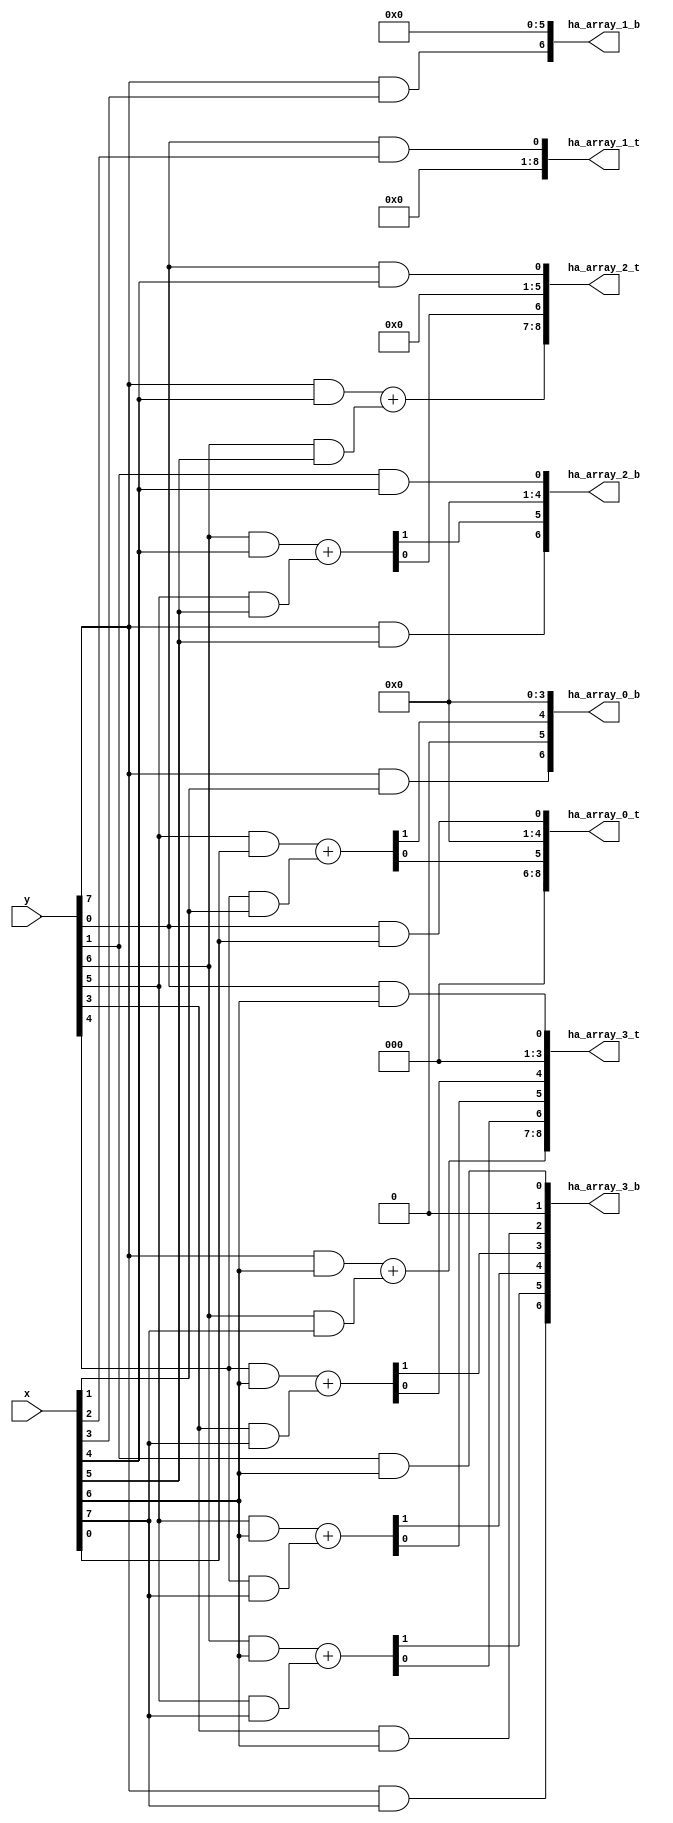
// MSE: 2217816
// MAE: 1243

module  unsigned_mul_8x8_vivado_opt_0p8_log_2_pareto_177 (
  input [7:0] x,
  input [7:0] y,
  output [6:0] ha_array_0_b,
  output [8:0] ha_array_0_t,
  output [6:0] ha_array_1_b,
  output [8:0] ha_array_1_t,
  output [6:0] ha_array_2_b,
  output [8:0] ha_array_2_t,
  output [6:0] ha_array_3_b,
  output [8:0] ha_array_3_t
);

  assign index_16 = y[6] & x[1];
  assign index_17 = y[7] & x[1];
  assign index_18 = y[0] & x[2];
  assign index_19 = y[1] & x[2];
  assign index_20 = y[2] & x[2];
  assign index_21 = y[3] & x[2];
  assign index_22 = y[4] & x[2];
  assign index_23 = y[5] & x[2];
  assign index_24 = y[6] & x[2];
  assign index_25 = y[7] & x[2];
  assign index_26 = y[0] & x[3];
  assign index_27 = y[1] & x[3];
  assign index_28 = y[2] & x[3];
  assign index_29 = y[3] & x[3];
  assign index_30 = y[4] & x[3];
  assign index_31 = y[5] & x[3];
  assign index_32 = y[6] & x[3];
  assign index_33 = y[7] & x[3];
  assign index_34 = y[0] & x[4];
  assign index_35 = y[1] & x[4];
  assign index_36 = y[2] & x[4];
  assign index_37 = y[3] & x[4];
  assign index_38 = y[4] & x[4];
  assign index_39 = y[5] & x[4];
  assign index_40 = y[6] & x[4];
  assign index_41 = y[7] & x[4];
  assign index_42 = y[0] & x[5];
  assign index_43 = y[1] & x[5];
  assign index_44 = y[2] & x[5];
  assign index_45 = y[3] & x[5];
  assign index_46 = y[4] & x[5];
  assign index_47 = y[5] & x[5];
  assign index_48 = y[6] & x[5];
  assign index_49 = y[7] & x[5];
  assign index_50 = y[0] & x[6];
  assign index_51 = y[1] & x[6];
  assign index_52 = y[2] & x[6];
  assign index_53 = y[3] & x[6];
  assign index_54 = y[4] & x[6];
  assign index_55 = y[5] & x[6];
  assign index_56 = y[6] & x[6];
  assign index_57 = y[7] & x[6];
  assign index_58 = y[0] & x[7];
  assign index_59 = y[1] & x[7];
  assign index_60 = y[2] & x[7];
  assign index_61 = y[3] & x[7];
  assign index_62 = y[4] & x[7];
  assign index_63 = y[5] & x[7];
  assign index_64 = y[6] & x[7];
  assign index_65 = y[7] & x[7];
  assign index_66 = y[0] & x[0];
  assign index_67 = y[1] & x[0];
  assign index_68 = y[2] & x[0];
  assign index_69 = y[3] & x[0];
  assign index_70 = y[4] & x[0];
  assign index_71 = y[5] & x[0];
  assign index_72 = y[6] & x[0];
  assign index_73 = y[7] & x[0];
  assign index_74 = y[0] & x[1];
  assign index_75 = y[1] & x[1];
  assign index_76 = y[2] & x[1];
  assign index_77 = y[3] & x[1];
  assign index_78 = y[4] & x[1];
  assign index_79 = y[5] & x[1];

  // eliminate
  assign index_80 = 1'b0;
  assign index_81 = 1'b0;

  // eliminate
  assign index_82 = 1'b0;
  assign index_83 = 1'b0;

  // eliminate
  assign index_84 = 1'b0;
  assign index_85 = 1'b0;

  // eliminate
  assign index_86 = 1'b0;
  assign index_87 = 1'b0;

  // $ha
  assign { index_88, index_89 } = index_71 + index_78;

  // eliminate
  assign index_90 = 1'b0;
  assign index_91 = 1'b0;

  // eliminate
  assign index_92 = 1'b0;
  assign index_93 = 1'b0;

  // eliminate
  assign index_94 = 1'b0;
  assign index_95 = 1'b0;

  // eliminate
  assign index_96 = 1'b0;
  assign index_97 = 1'b0;

  // eliminate
  assign index_98 = 1'b0;
  assign index_99 = 1'b0;

  // eliminate
  assign index_100 = 1'b0;
  assign index_101 = 1'b0;

  // eliminate
  assign index_102 = 1'b0;
  assign index_103 = 1'b0;

  // eliminate
  assign index_104 = 1'b0;
  assign index_105 = 1'b0;

  // eliminate
  assign index_106 = 1'b0;
  assign index_107 = 1'b0;

  // only A carry
  assign index_108 = index_35;
  assign index_109 = 1'b0;

  // eliminate
  assign index_110 = 1'b0;
  assign index_111 = 1'b0;

  // eliminate
  assign index_112 = 1'b0;
  assign index_113 = 1'b0;

  // eliminate
  assign index_114 = 1'b0;
  assign index_115 = 1'b0;

  // eliminate
  assign index_116 = 1'b0;
  assign index_117 = 1'b0;

  // $ha
  assign { index_118, index_119 } = index_40 + index_47;

  // $ha
  assign { index_120, index_121 } = index_41 + index_48;

  // only A carry
  assign index_122 = index_51;
  assign index_123 = 1'b0;

  // eliminate
  assign index_124 = 1'b0;
  assign index_125 = 1'b0;

  // only A carry
  assign index_126 = index_53;
  assign index_127 = 1'b0;

  // $ha
  assign { index_128, index_129 } = index_54 + index_61;

  // $ha
  assign { index_130, index_131 } = index_55 + index_62;

  // $ha
  assign { index_132, index_133 } = index_56 + index_63;

  // $ha
  assign { index_134, index_135 } = index_57 + index_64;

  assign ha_array_0_b[0] = index_80;
  assign ha_array_0_b[1] = index_82;
  assign ha_array_0_b[2] = index_84;
  assign ha_array_0_b[3] = index_86;
  assign ha_array_0_b[4] = index_88;
  assign ha_array_0_b[5] = index_90;
  assign ha_array_0_b[6] = index_17;
  assign ha_array_0_t[0] = index_66;
  assign ha_array_0_t[1] = index_81;
  assign ha_array_0_t[2] = index_83;
  assign ha_array_0_t[3] = index_85;
  assign ha_array_0_t[4] = index_87;
  assign ha_array_0_t[5] = index_89;
  assign ha_array_0_t[6] = index_91;
  assign ha_array_0_t[7] = index_93;
  assign ha_array_0_t[8] = index_92;
  assign ha_array_1_b[0] = index_94;
  assign ha_array_1_b[1] = index_96;
  assign ha_array_1_b[2] = index_98;
  assign ha_array_1_b[3] = index_100;
  assign ha_array_1_b[4] = index_102;
  assign ha_array_1_b[5] = index_104;
  assign ha_array_1_b[6] = index_33;
  assign ha_array_1_t[0] = index_18;
  assign ha_array_1_t[1] = index_95;
  assign ha_array_1_t[2] = index_97;
  assign ha_array_1_t[3] = index_99;
  assign ha_array_1_t[4] = index_101;
  assign ha_array_1_t[5] = index_103;
  assign ha_array_1_t[6] = index_105;
  assign ha_array_1_t[7] = index_107;
  assign ha_array_1_t[8] = index_106;
  assign ha_array_2_b[0] = index_108;
  assign ha_array_2_b[1] = index_110;
  assign ha_array_2_b[2] = index_112;
  assign ha_array_2_b[3] = index_114;
  assign ha_array_2_b[4] = index_116;
  assign ha_array_2_b[5] = index_118;
  assign ha_array_2_b[6] = index_49;
  assign ha_array_2_t[0] = index_34;
  assign ha_array_2_t[1] = index_109;
  assign ha_array_2_t[2] = index_111;
  assign ha_array_2_t[3] = index_113;
  assign ha_array_2_t[4] = index_115;
  assign ha_array_2_t[5] = index_117;
  assign ha_array_2_t[6] = index_119;
  assign ha_array_2_t[7] = index_121;
  assign ha_array_2_t[8] = index_120;
  assign ha_array_3_b[0] = index_122;
  assign ha_array_3_b[1] = index_124;
  assign ha_array_3_b[2] = index_126;
  assign ha_array_3_b[3] = index_128;
  assign ha_array_3_b[4] = index_130;
  assign ha_array_3_b[5] = index_132;
  assign ha_array_3_b[6] = index_65;
  assign ha_array_3_t[0] = index_50;
  assign ha_array_3_t[1] = index_123;
  assign ha_array_3_t[2] = index_125;
  assign ha_array_3_t[3] = index_127;
  assign ha_array_3_t[4] = index_129;
  assign ha_array_3_t[5] = index_131;
  assign ha_array_3_t[6] = index_133;
  assign ha_array_3_t[7] = index_135;
  assign ha_array_3_t[8] = index_134;

endmodule